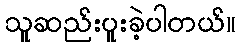
သူဆည်းပူးခဲ့ပါတယ်။